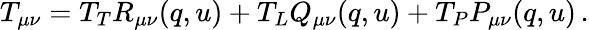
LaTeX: T_{\mu\nu}=T_{T}R_{\mu\nu}(q,u)+T_{L}Q_{\mu\nu}(q,u)+T_{P}P_{\mu\nu}(q,u)\, .